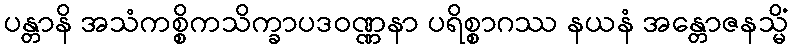
ပန္တာနိ အသံကစ္စိကသိက္ခာပဒဝဏ္ဏနာ ပရိစ္စာဂဿ နယနံ အန္တောဇနသ္မိံ